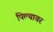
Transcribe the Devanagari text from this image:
पिल्यावर